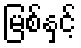
မြစ်နှင့်